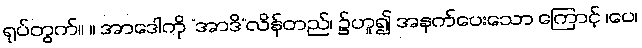
ရုပ်တွက်။ ။ အာဒေါကို “အာဒိ”လိန်တည်၊ ၌ဟူ၍ အနက်ပေးသော ကြောင့် ၊ပေ၊